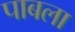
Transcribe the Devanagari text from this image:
पाबला